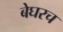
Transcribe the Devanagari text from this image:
बेघरच